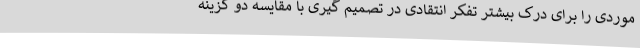
موردی را برای درک بیشتر تفکر انتقادی در تصمیم گیری با مقایسه دو گزینه